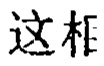
这相